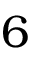
6